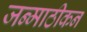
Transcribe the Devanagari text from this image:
जन्माठीकन